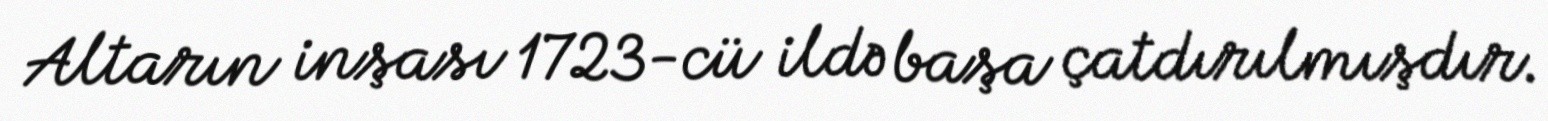
Altarın inşası 1723-cü ildə başa çatdırılmışdır.